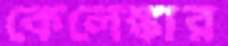
কেলেঙ্কার